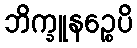
ဘိက္ခူနဉ္စေပိ